Indian journal of veterinary science and animal husbandry - Volume 1,
Year: 1931
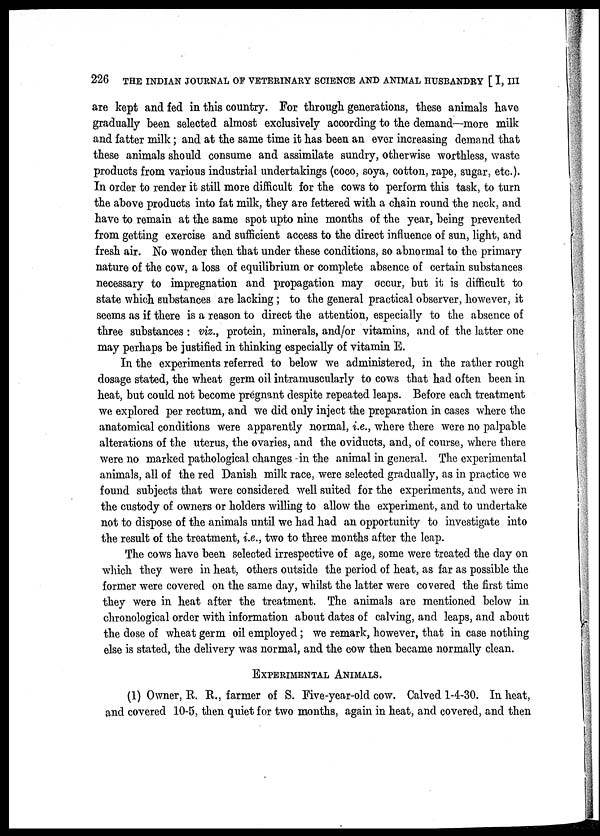
226 THE INDIAN JOURNAL OF VETERINARY SCIENCE AND ANIMAL HUSBANDRY [ I, III
are kept and fed in this country. For through generations, these animals have
gradually been selected almost exclusively according to the demand—more milk
and fatter milk; and at the same time it has been an ever increasing demand that
these animals should consume and assimilate sundry, otherwise worthless, waste
products from various industrial undertakings (coco, soya, cotton, rape, sugar, etc.).
In order to render it still more difficult for the cows to perform this task, to turn
the above products into fat milk, they are fettered with a chain round the neck, and
have to remain at the same spot upto nine months of the year, being prevented
from getting exercise and sufficient access to the direct influence of sun, light, and
fresh air. No wonder then that under these conditions, so abnormal to the primary
nature of the cow, a loss of equilibrium or complete absence of certain substances
necessary to impregnation and propagation may occur, but it is difficult to
state which substances are lacking ; to the general practical observer, however, it
seems as if there is a reason to direct the attention, especially to the absence of
three substances : viz., protein, minerals, and/or vitamins, and of the latter one
may perhaps be justified in thinking especially of vitamin E.
In the experiments referred to below we administered, in the rather rough
dosage stated, the wheat germ oil intramuscularly to cows that had often been in
heat, but could not become pregnant despite repeated leaps. Before each treatment
we explored per rectum, and we did only inject the preparation in cases where the
anatomical conditions were apparently normal, i.e., where there were no palpable
alterations of the uterus, the ovaries, and the oviducts, and, of course, where there
were no marked pathological changes in the animal in general. The experimental
animals, all of the red Danish milk race, were selected gradually, as in practice we
found subjects that were considered well suited for the experiments, and were in
the custody of owners or holders willing to allow the experiment, and to undertake
not to dispose of the animals until we had had an opportunity to investigate into
the result of the treatment, i.e., two to three months after the leap.
The cows have been selected irrespective of age, some were treated the day on
which they were in heat, others outside the period of heat, as far as possible the
former were covered on the same day, whilst the latter were covered the first time
they were in heat after the treatment. The animals are mentioned below in
chronological order with information about dates of calving, and leaps, and about
the dose of wheat germ oil employed; we remark, however, that in case nothing
else is stated, the delivery was normal, and the cow then became normally clean.
EXPERIMENTAL ANIMALS.
(1) Owner, R. R., farmer of S. Five-year-old cow. Calved 1-4-30. In heat,
and covered 10-5, then quiet for two months, again in heat, and covered, and then